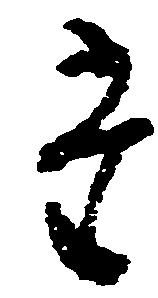
た